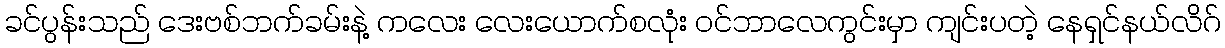
ခင်ပွန်းသည် ဒေးဗစ်ဘက်ခမ်းနဲ့ ကလေး လေးယောက်စလုံး ဝင်ဘာလေကွင်းမှာ ကျင်းပတဲ့ နေရှင်နယ်လိဂ်